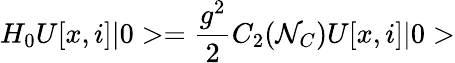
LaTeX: H_{0}U[x,i]\vert 0>={\frac{g^{2}}{2}}C_{2}({\cal N}_{C})U[x,i]\vert 0>